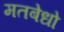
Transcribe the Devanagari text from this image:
मतबेधो